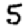
Digit: 5